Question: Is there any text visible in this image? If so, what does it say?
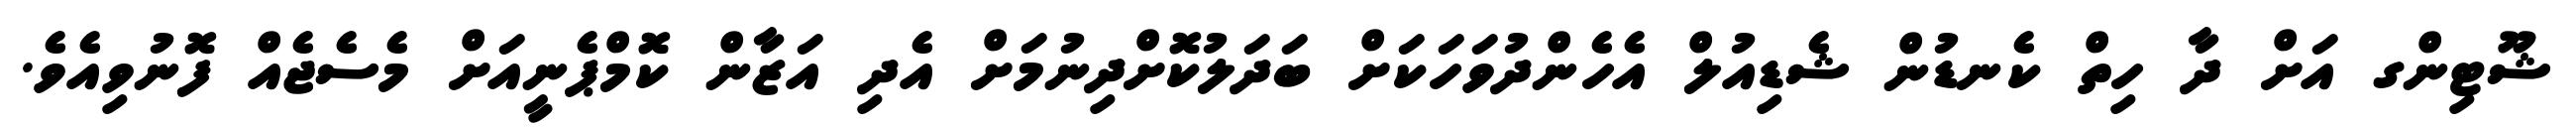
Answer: ޝޫޓިންގ އަށް ދާ ހިތް ކެނޑުން ޝެޑިއުލް އެހެންދުވަހަކަށް ބަދަލުކޮށްދިނުމަށް އެދި އަޒާން ކޮމްޕެނީއަށް މެސެޖެއް ފޮނުވިއެވެ.